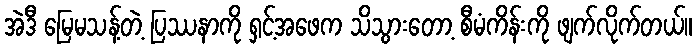
အဲဒီ မြေမသန့်တဲ့ ပြဿနာကို ရှင့်အဖေက သိသွားတော့ စီမံကိန်းကို ဖျက်လိုက်တယ်။